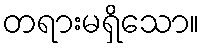
တရားမရှိသော။